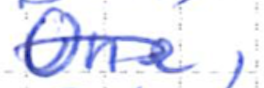
Text: One,
Cross-out: diagonal
Writing tool: ballpoint